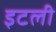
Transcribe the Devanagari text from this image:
इटली